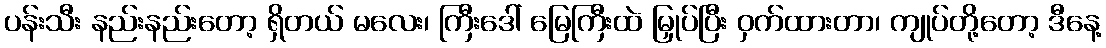
ပန်းသီး နည်းနည်းတော့ ရှိတယ် မလေး၊ ကြီးဒေါ် မြေကြီးထဲ မြှုပ်ပြီး ဝှက်ထားတာ၊ ကျုပ်တို့တော့ ဒီနေ့